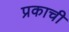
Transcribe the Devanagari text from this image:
प्रकाची